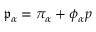
\mathfrak { p } _ { \alpha } = \pi _ { \alpha } + \phi _ { \alpha } p